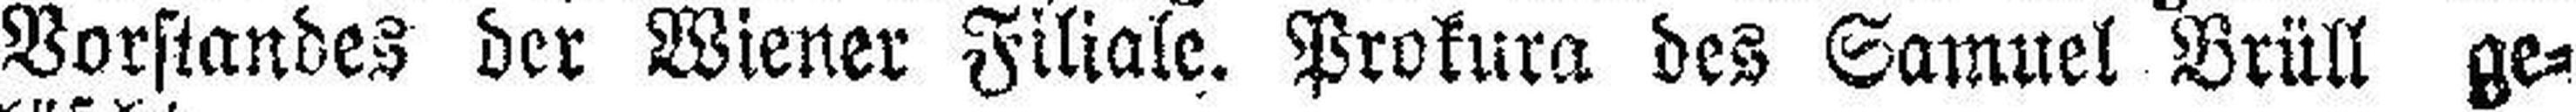
Vorstandes der Wiener Filiale. Prokura des Samuel Brüll ge¬